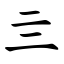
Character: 亖